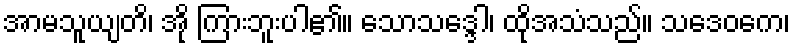
အာမသူယျတိ၊ အို ကြားဘူးပါ၏။ သောသဒ္ဒေါ၊ ထိုအသံသည်။ သဒေဝကေ၊